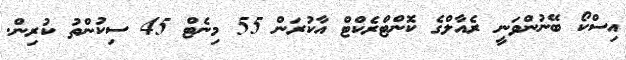
އިސްކޯ ބޭނުންވަނީ ރެއާލްގެ ކޮންޓްރެކްޓް އާކުރަން 55 މިނެޓް 45 ސިކުންތު ކުރިން.